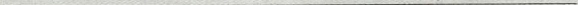
___